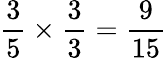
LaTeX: {\frac{3}{5}}\times{\frac{3}{3}}={\frac{9}{15}}